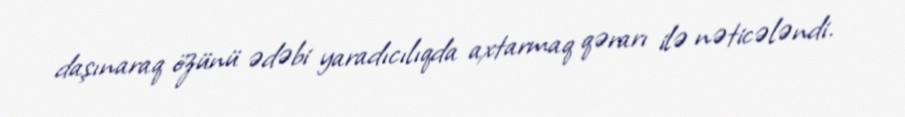
daşınaraq özünü ədəbi yaradıcılıqda axtarmaq qərarı ilə nəticələndi.